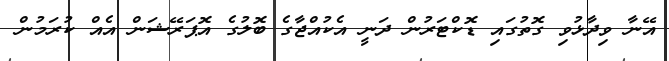
އޭނާ ވިދާޅުވި ގޮތުގައި ޑޮކްޓަރުން ދަނީ އެކުއްޖާގެ ބޮލުގެ އޮޕަރޭޝަން އެއް ކުރަމުން